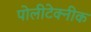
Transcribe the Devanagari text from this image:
पोलीटेक्‍नीक